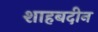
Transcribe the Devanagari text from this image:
शाहबदीन